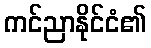
ကင်ညာနိုင်ငံ၏